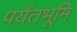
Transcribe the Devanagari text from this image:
पर्यंतभूमि